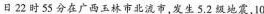
日22时55分在广西玉林市北流市，发生3.2级地震，10月